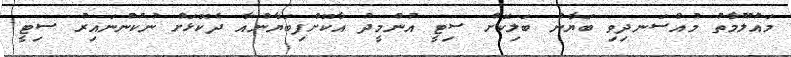
މައުލޫމާތު މުއްސަނދިވި ބަޔާން ބަލިކޮށް ސިޓީ އުންމީދު އާކޮށްފިބަޔާންއާ ދެކޮޅަށް ނުކުންނައިރު ސިޓީ